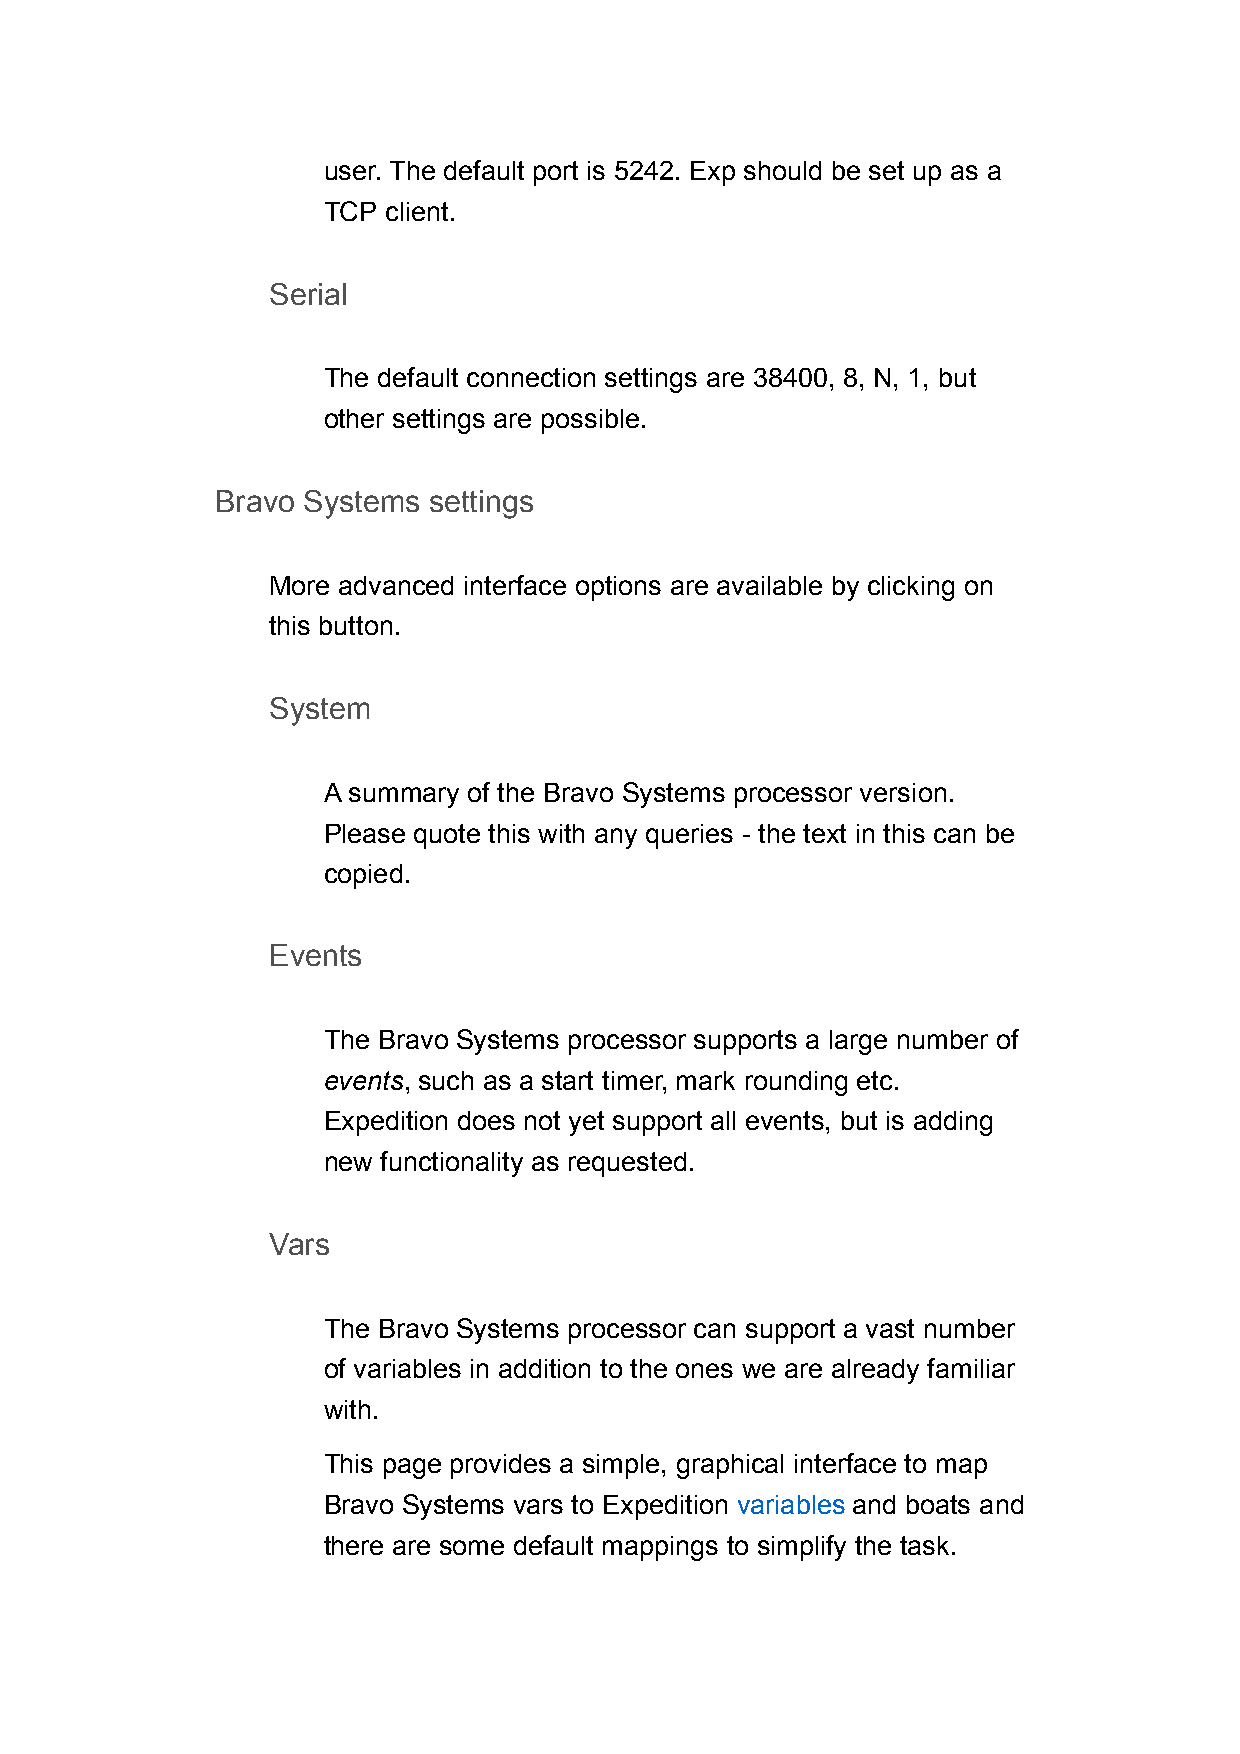
user. The default port is 5242. Exp should be set up as a
 TCP  client.
 Serial
 The default connection settings are 38400, 8, N, 1, but
 other settings are possible.
 Bravo Systems settings
 More advanced interface options are available by clicking on
 this button.
 System
 A summary of the Bravo Systems processor version.
 Please quote this with any queries - the text in this can be
 copied.
 Events
 The Bravo Systems processor supports a large number of
 events, such as a start timer, mark rounding etc.
 Expedition does not yet support all events, but is adding
 new functionality as requested.
 Vars
 The Bravo Systems processor can support a vast number
 of variables in addition to the ones we are already familiar
 with.
 This page provides a simple, graphical interface to map
 Bravo Systems vars to Expedition variables and boats and
 there are some default mappings to simplify the task.